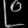
Digit: ၉